Medical and sanitary report on the native army of Bombay for the year
Year: 1879
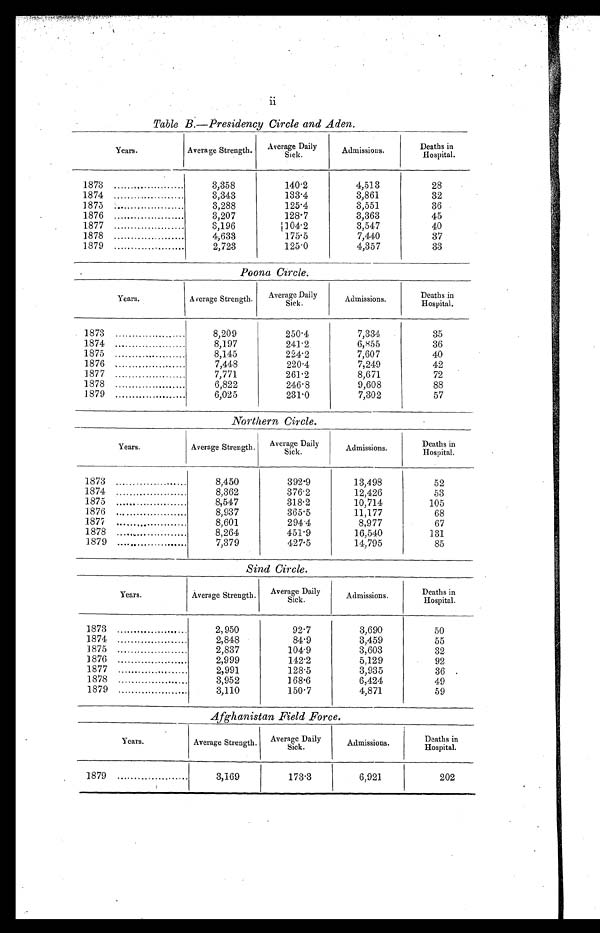
ii
T a b l e B . — P r e s i d e n c y C i r c l e a n d A d e n .
Years.
Average Strength. Average Daily
Sick.
Admissions.
Deaths in
Hospital.
1873 .....................
3,358
140.2
4,513
28
1874 .....................
3,343
133.4
3,861
32
1875 .....................
3,288
125.4
3,551
36
1876 .....................
3,207
128.7
3,363
45
1877 .....................
3,196
104.2
3,547
40
1878 .....................
4,633
175.5
7,440
37
1879 .....................
2,723
125.0
4,357
33
Poona Circle.
Average Strength.
Years.
Average Daily
Sick.
Admissions.
Deaths in
Hospital.
1873 .....................
8,209
250.4
7,334
35
1874 .....................
8,197
241.2
6,855
36
1875 .....................
8,145
224.2
7,607
40
1 8 7 6 . . . . . . . . . . . . . . . . . . . . .
7,448
220.4
7,249
42
1877 .....................
7,771
261.2
8,671
72
1878 .....................
6,822
246.8
9,608
88
1879 .....................
6,025
231.0
7,302
57
Northern Circle.
Years.
Average Strength. Average Daily
Sick.
Admissions.
Deaths in
Hospital.
1873 .....................
8,450
392.9
13,498
52
1874 .....................
8,362
376.2
12,426
53
1875 .....................
8,547
318.2
10,714
105
1876 .....................
8,937
365.5
11,177
68
1877 .....................
8,601
294.4
8,977
67
1878 .....................
8,264
451.9
16,540
131
1879 .....................
7,379
427.5
14,795
85
Sind Circle.
Years.
Average Strength. Average Daily
Sick.
Admissions.
Deaths in
Hospital.
1873 .....................
2,950
92.7
3,690
50
1874 .....................
2,848
84.9
3,459
55
1875 .....................
2,837
104.9
3,603
32
1876 .....................
2,999
142.2
5,129
92
1877 .....................
2,991
128.5
3,935
36
1878 .....................
3,952
168.6
6,424
49
1879 .....................
3,110
150.7
4,871
59
Afghanistan Field Force.
Years.
Average Strength. Average Daily
Sick.
Admissions.
Deaths in
Hospital.
1879 .....................
3,169
173.3
6,921
202